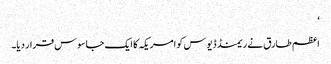
‘
اعظم طارق نے ریمنڈ ڈیوس کو امریکہ کا ایک جاسوس قرار دیا۔